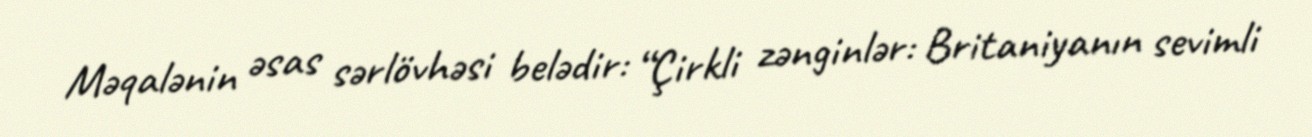
Məqalənin əsas sərlövhəsi belədir: “Çirkli zənginlər: Britaniyanın sevimli